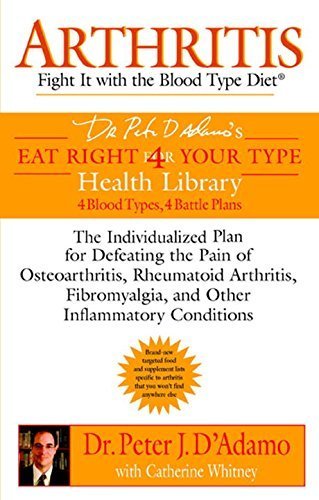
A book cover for Arthritis: Fight it with the Blood Type Diet (Eat Right 4 (for) Your Type Health Library) Paperback September 6, 2005; Dr. Peter J., Whitney, Catherine D'Adamo; Health, Fitness & Dieting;